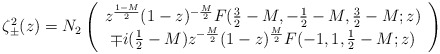
\begin{align*}\zeta_\pm^2(z)=N_2\left(\begin{array}{c}z^{\frac{1-M}{2}}(1-z)^{-\frac{M}{2}}F(\frac{3}{2}-M,-\frac{1}{2}-M,\frac{3}{2}-M;z) \\\mp i(\frac{1}{2}-M)z^{-\frac{M}{2}}(1-z)^{\frac{M}{2}}F(-1,1,\frac{1}{2}-M;z)\\\end{array}\right)\end{align*}